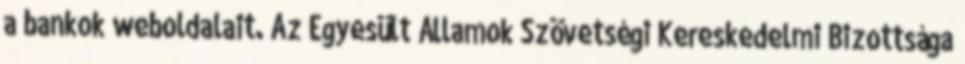
a bankok weboldalait. Az Egyesült Államok Szövetségi Kereskedelmi Bizottsága